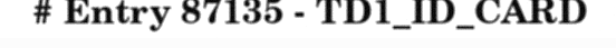
# Entry 87135 - TD1_ID_CARD